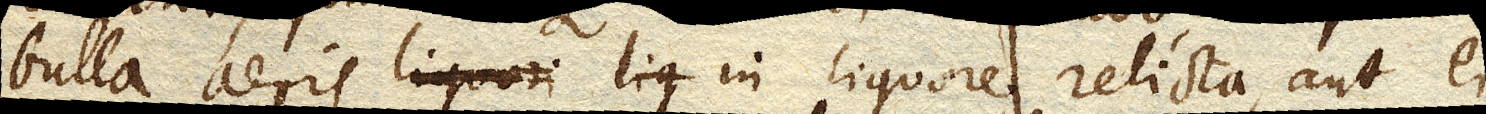
bulla aeris in liquore relicta, aut ei